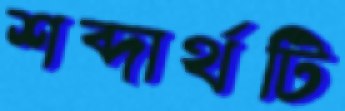
শব্দার্থটি